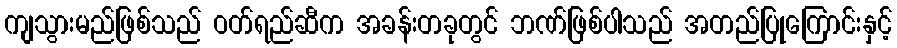
ကျသွားမည်ဖြစ်သည် ဝတ်ရည်ဆီက အခန်းတခုတွင် ဘဏ်ဖြစ်ပါသည် အတည်ပြုကြောင်းနှင့်